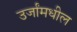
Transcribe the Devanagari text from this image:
उर्जांमधील